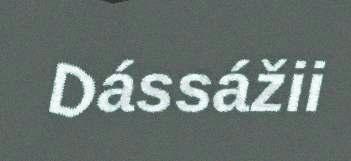
Dássážii